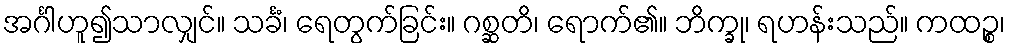
အင်္ဂါဟူ၍သာလျှင်။ သင်္ခံ၊ ရေတွက်ခြင်း။ ဂစ္ဆတိ၊ ရောက်၏။ ဘိက္ခု၊ ရဟန်းသည်။ ကထဉ္စ၊